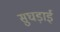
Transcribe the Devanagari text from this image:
सुघड़ाई